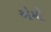
એમી